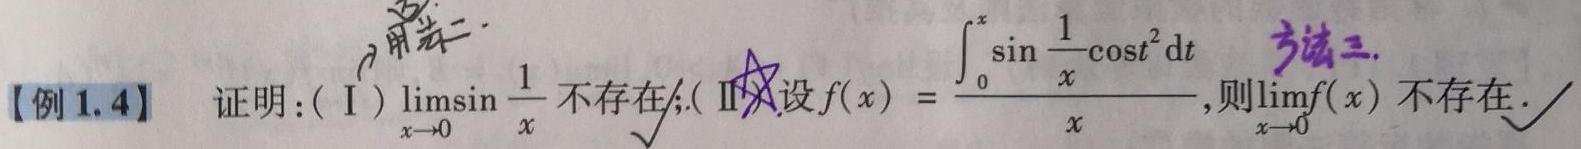
【例1.4】证明：(Ⅰ)$\lim\limits_{x \to 0} \sin \frac{1}{x}$不存在；(Ⅱ)设$f(x)=\frac{\int_{0}^{x} \sin \frac{1}{x} \cos t^{2} \mathrm{~d} t}{x}$，则$\lim\limits_{x \to 0} f(x)$不存在.